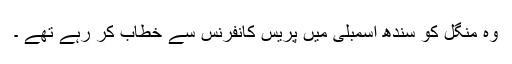
وہ منگل کو سندھ اسمبلی میں پریس کانفرنس سے خطاب کر رہے تھے ۔